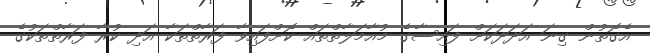
އެގޮތުން ގިނަ އަދަދަކަށް ފައިސާގެ މުއާމަލާތްތައް ކޮށްފައިވާ ފަރާތްތަކާ އަދި ކުރާ ފަރާތްތަކުގެ